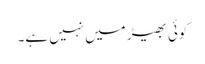
کوئی بھیڑ میں نہیں ہے۔